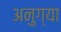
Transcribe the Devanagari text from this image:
अनुग्या